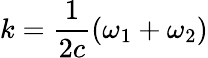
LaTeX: k=\frac{1}{2c}(\omega_{1}+\omega_{2})